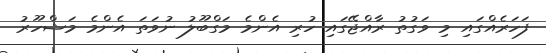
ފަހަރެއްގައި މި ވަގުތު ރާއްޖޭގައި ހުރި އެންމެ މަގްބޫލު ނުވަތަ އެންމެ މަޝްހޫރު